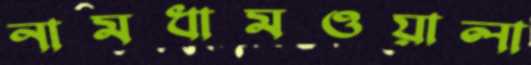
নামধামওয়ালা